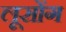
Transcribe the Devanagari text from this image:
लूसोंग